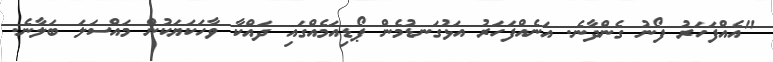
"އެއްފަހަރު ފޯނު ގެންދާނެ. އަނެއްފަހަރު އަޅުގަނޑުމެން ޕޯޑިއަމެއްގައި ދައްކާ ވާހަކަޔަކުން މައްސަލަ ބަލާނެ.